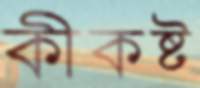
কীকষ্ট